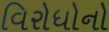
વિરોધોનો